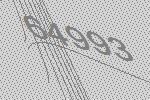
64993